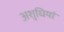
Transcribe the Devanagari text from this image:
अशुधियां